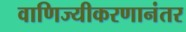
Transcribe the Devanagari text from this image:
वाणिज्यीकरणानंतर